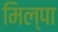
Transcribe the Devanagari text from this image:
मिल्पा